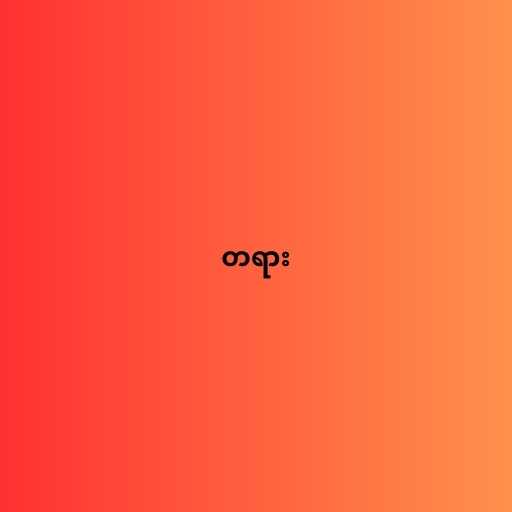
တရား